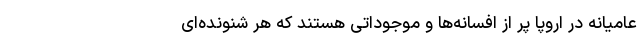
عامیانه در اروپا پر از افسانه‌ها و موجوداتی هستند که هر شنونده‌ای